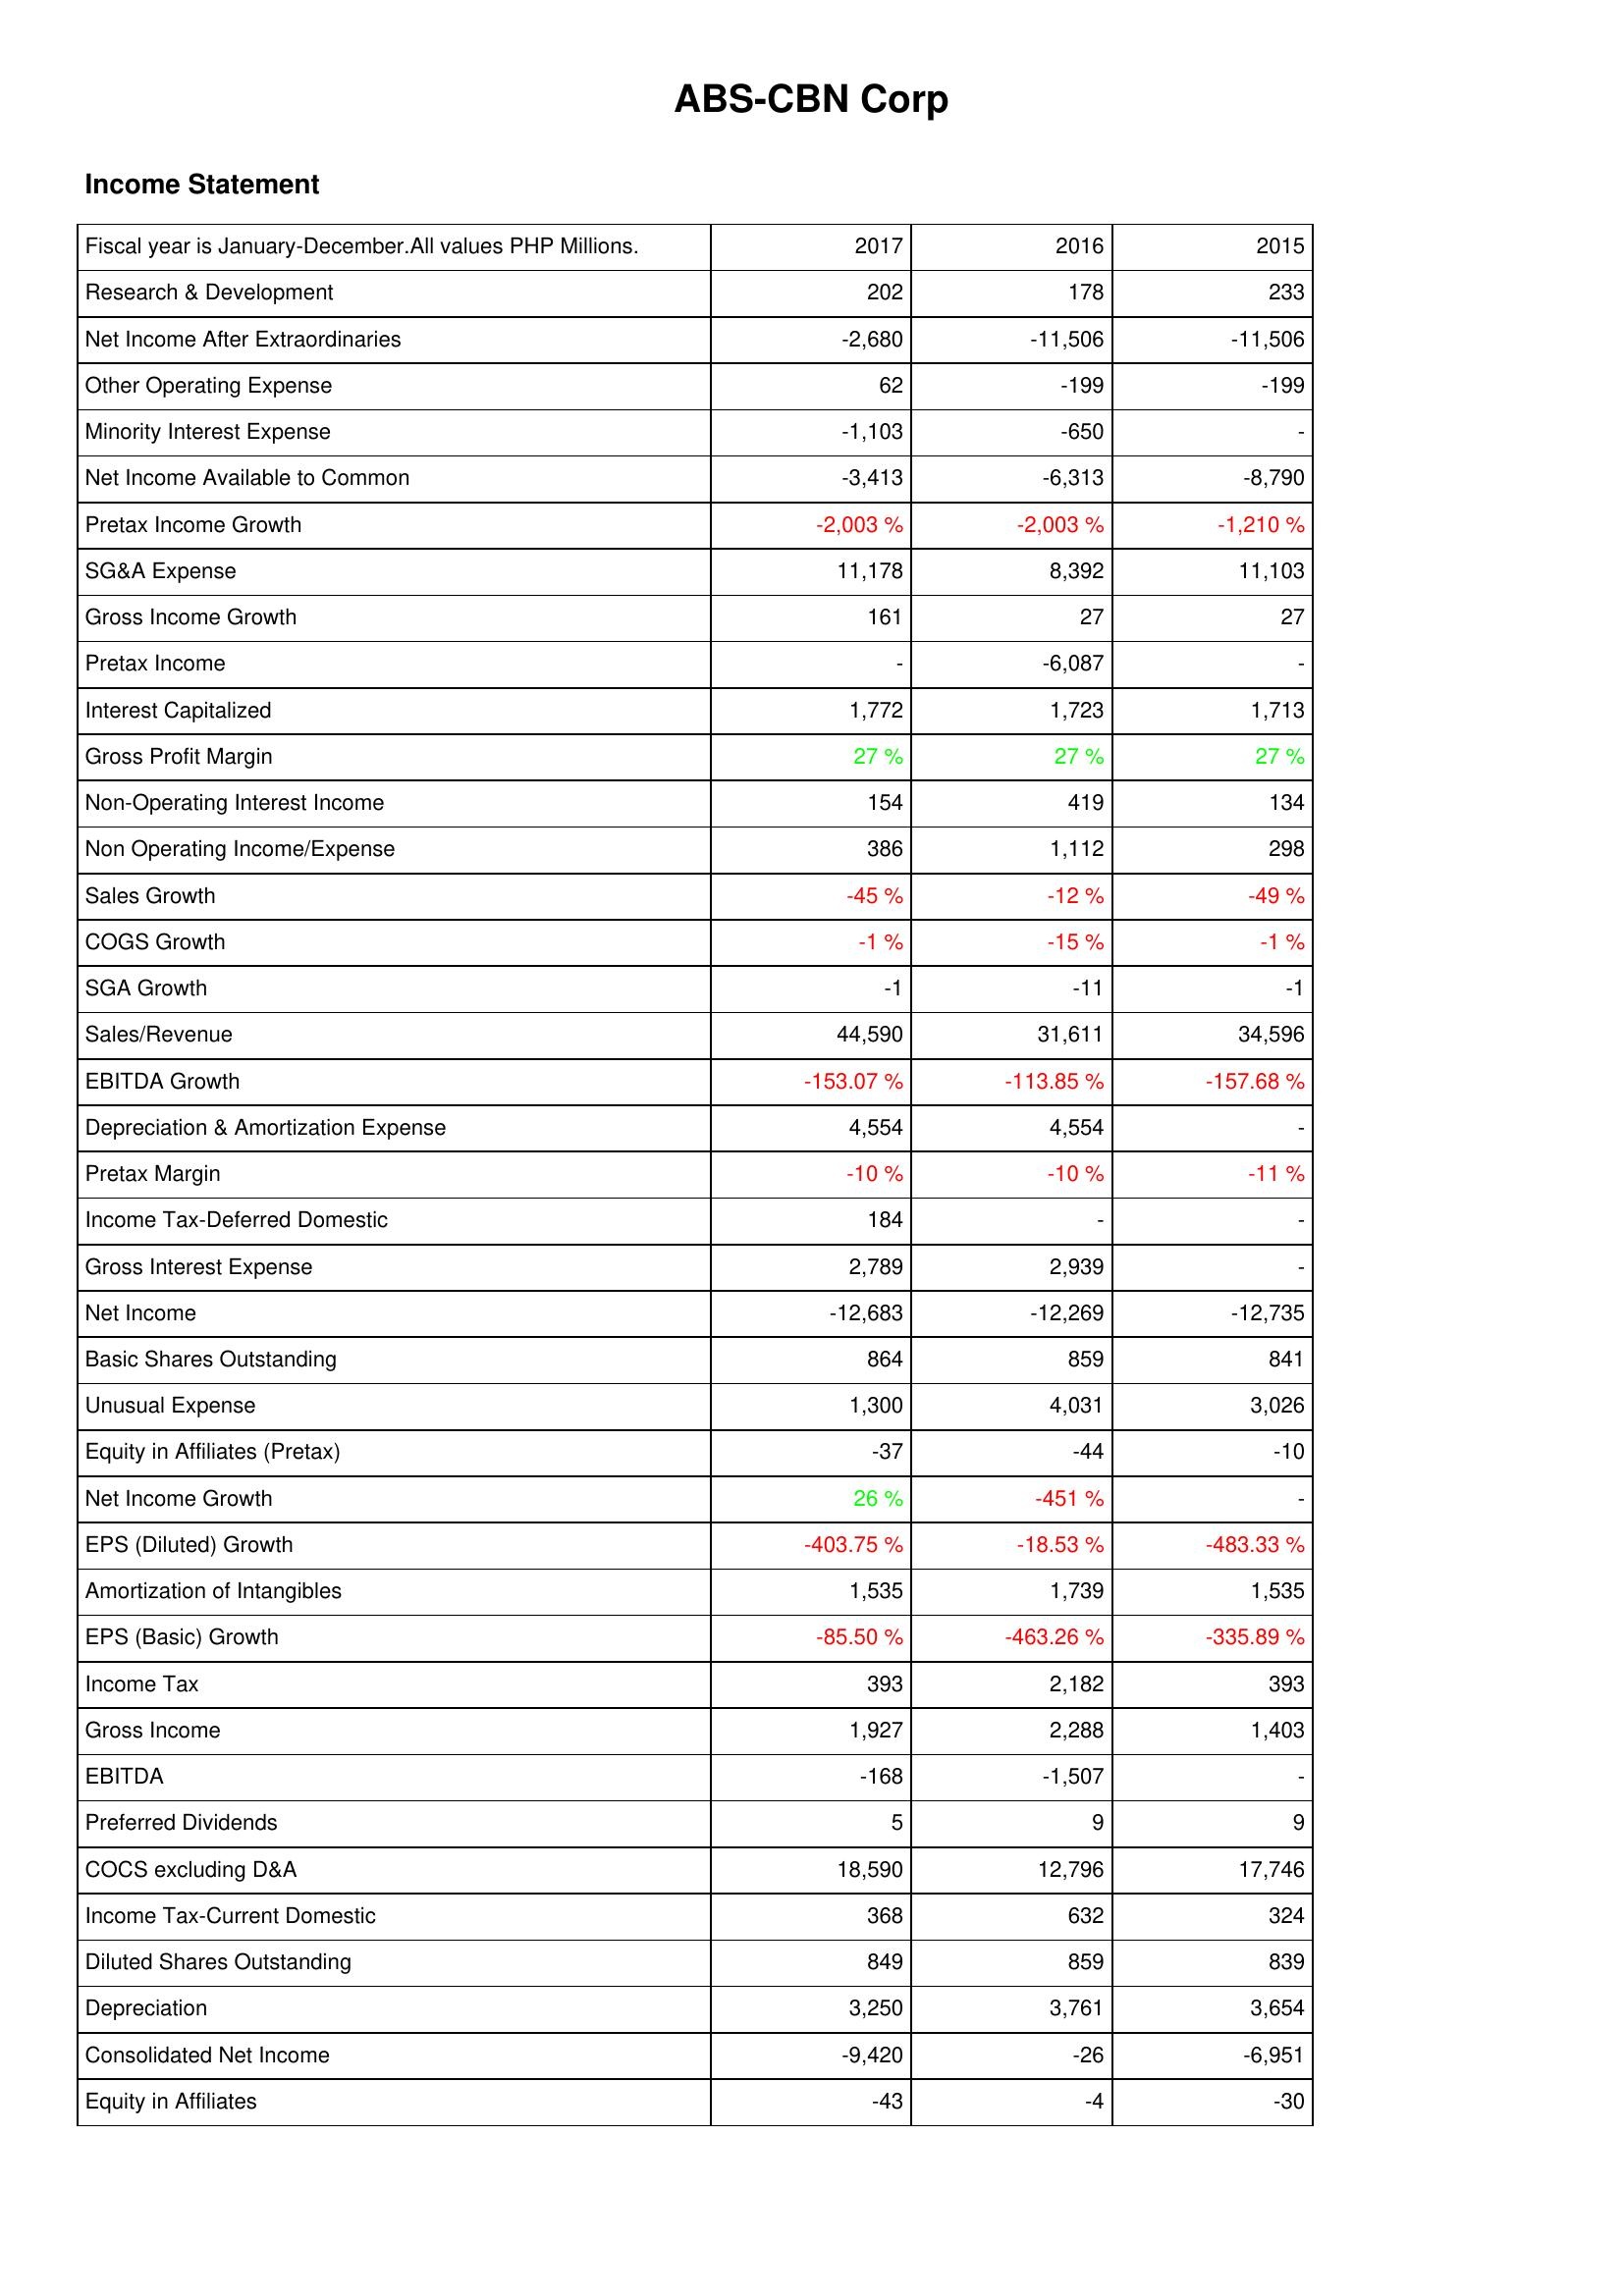
2017: Income Statement: Research & Development: 202
Net Income After Extraordinaries: -2,680
Other Operating Expense: 62
Minority Interest Expense: -1,103
Net Income Available to Common: -3,413
Pretax Income Growth: -2,003 %
SG&A Expense: 11,178
Gross Income Growth: 161
Pretax Income: -
Interest Capitalized: 1,772
Gross Profit Margin: 27 %
Non-Operating Interest Income: 154
Non Operating Income/Expense: 386
Sales Growth: -45 %
COGS Growth: -1 %
SGA Growth: -1
Sales/Revenue: 44,590
EBITDA Growth: -153.07 %
Depreciation & Amortization Expense: 4,554
Pretax Margin: -10 %
Income Tax-Deferred Domestic: 184
Gross Interest Expense: 2,789
Net Income: -12,683
Basic Shares Outstanding: 864
Unusual Expense: 1,300
Equity in Affiliates (Pretax): -37
Net Income Growth: 26 %
EPS (Diluted) Growth: -403.75 %
Amortization of Intangibles: 1,535
EPS (Basic) Growth: -85.50 %
Income Tax: 393
Gross Income: 1,927
EBITDA: -168
Preferred Dividends: 5
COCS excluding D&A: 18,590
Income Tax-Current Domestic: 368
Diluted Shares Outstanding: 849
Depreciation: 3,250
Consolidated Net Income: -9,420
Equity in Affiliates: -43
2016: Income Statement: Research & Development: 178
Net Income After Extraordinaries: -11,506
Other Operating Expense: -199
Minority Interest Expense: -650
Net Income Available to Common: -6,313
Pretax Income Growth: -2,003 %
SG&A Expense: 8,392
Gross Income Growth: 27
Pretax Income: -6,087
Interest Capitalized: 1,723
Gross Profit Margin: 27 %
Non-Operating Interest Income: 419
Non Operating Income/Expense: 1,112
Sales Growth: -12 %
COGS Growth: -15 %
SGA Growth: -11
Sales/Revenue: 31,611
EBITDA Growth: -113.85 %
Depreciation & Amortization Expense: 4,554
Pretax Margin: -10 %
Income Tax-Deferred Domestic: -
Gross Interest Expense: 2,939
Net Income: -12,269
Basic Shares Outstanding: 859
Unusual Expense: 4,031
Equity in Affiliates (Pretax): -44
Net Income Growth: -451 %
EPS (Diluted) Growth: -18.53 %
Amortization of Intangibles: 1,739
EPS (Basic) Growth: -463.26 %
Income Tax: 2,182
Gross Income: 2,288
EBITDA: -1,507
Preferred Dividends: 9
COCS excluding D&A: 12,796
Income Tax-Current Domestic: 632
Diluted Shares Outstanding: 859
Depreciation: 3,761
Consolidated Net Income: -26
Equity in Affiliates: -4
2015: Income Statement: Research & Development: 233
Net Income After Extraordinaries: -11,506
Other Operating Expense: -199
Minority Interest Expense: -
Net Income Available to Common: -8,790
Pretax Income Growth: -1,210 %
SG&A Expense: 11,103
Gross Income Growth: 27
Pretax Income: -
Interest Capitalized: 1,713
Gross Profit Margin: 27 %
Non-Operating Interest Income: 134
Non Operating Income/Expense: 298
Sales Growth: -49 %
COGS Growth: -1 %
SGA Growth: -1
Sales/Revenue: 34,596
EBITDA Growth: -157.68 %
Depreciation & Amortization Expense: -
Pretax Margin: -11 %
Income Tax-Deferred Domestic: -
Gross Interest Expense: -
Net Income: -12,735
Basic Shares Outstanding: 841
Unusual Expense: 3,026
Equity in Affiliates (Pretax): -10
Net Income Growth: -
EPS (Diluted) Growth: -483.33 %
Amortization of Intangibles: 1,535
EPS (Basic) Growth: -335.89 %
Income Tax: 393
Gross Income: 1,403
EBITDA: -
Preferred Dividends: 9
COCS excluding D&A: 17,746
Income Tax-Current Domestic: 324
Diluted Shares Outstanding: 839
Depreciation: 3,654
Consolidated Net Income: -6,951
Equity in Affiliates: -30